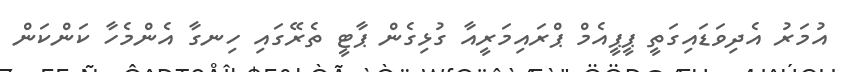
އުމަރު އެދިވަޑައިގަތީ ޕީޕީއެމް ޕްރައިމަރީއާ ގުޅިގެން ޕާޓީ ތެރޭގައި ހިނގާ އެންމެހާ ކަންކަން